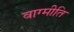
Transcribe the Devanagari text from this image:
वाग्मीति